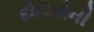
દોષિતોની